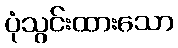
ပုံသွင်းထားသော